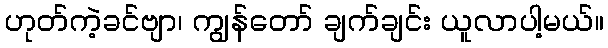
ဟုတ်ကဲ့ခင်ဗျာ၊ ကျွန်တော် ချက်ချင်း ယူလာပါ့မယ်။